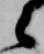
々